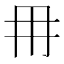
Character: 𭁠